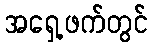
အရှေ့ဖက်တွင်